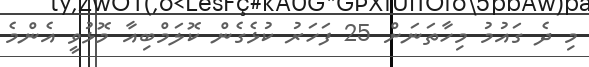
މި ދެ ގައުމު މިހާތަނަށް 25 ފަހަރު ކުޅެގެން ކޮލަމްބިއާ މޮޅުވީ އެންމެ